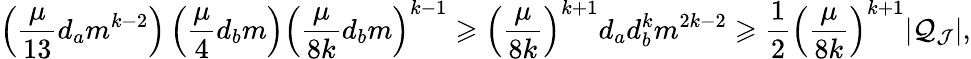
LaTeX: \left(\frac{\mu}{13}d_{a}m^{k-2}\right)\left(\frac{\mu}{4}d_{b}m\right)\left(\frac{\mu}{8k}d_{b}m\right)^{k-1}\geqslant\left(\frac{\mu}{8k}\right)^{k+1}d_{a}d_{b}^{k}m^{2k-2}\geqslant\frac{1}{2}\left(\frac{\mu}{8k}\right)^{k+1}|\mathcal{Q}_{\mathcal{J}}|,